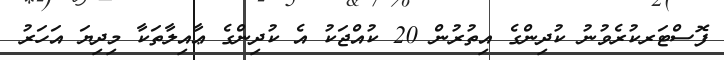
ފޮސްޓަރކުރެވުނު ކުދިންގެ އިތުރުން 20 ކުއްޖަކު އެ ކުދިންގެ ޢާއިލާތަކާ މިދިޔަ އަހަރު